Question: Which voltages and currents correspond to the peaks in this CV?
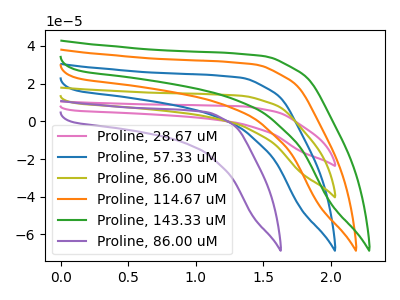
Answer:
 <answer>The pink curve "Proline, 28.67 uM" has no peaks. The blue curve "Proline, 57.33 uM" has no peaks. The olive curve "Proline, 86.00 uM" has no peaks. The orange curve "Proline, 114.67 uM" has no peaks. The green curve "Proline, 143.33 uM" has no peaks. The purple curve "Proline, 86.00 uM" has no peaks.</answer>
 <eval></eval>